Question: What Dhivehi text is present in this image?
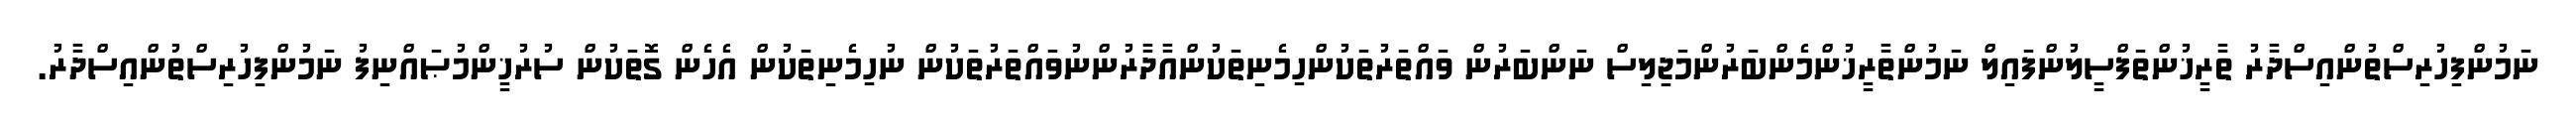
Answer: ނަމުންފިހުރިސްތުންއިސްދާރު ތާރީޚުންތަފްސީލުންފައިލް ނަމުންތާރީޚުންމެންބަރުންމަޖިލިސް ނަންބަރުން ވައްތަރުތަކުންހިމެނިތަކުންއާދާރުންނުވައްތަރުތަކުން ނުހިމެނިތަކުން އެހެން ގޮތަކުން ސުރުޚީންމުޞައްނިފު ނަމުންފިހުރިސްތުންއިސްދާރު.